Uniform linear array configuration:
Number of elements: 16
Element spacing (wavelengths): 0.75
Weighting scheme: kaiser
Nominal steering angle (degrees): -30
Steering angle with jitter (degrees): -30.194
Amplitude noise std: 0.05
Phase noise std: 0.05

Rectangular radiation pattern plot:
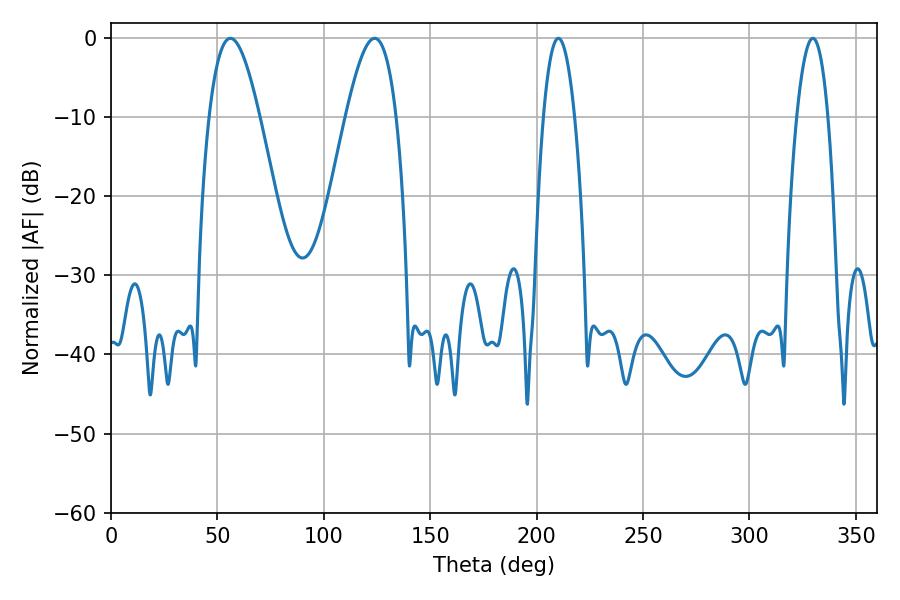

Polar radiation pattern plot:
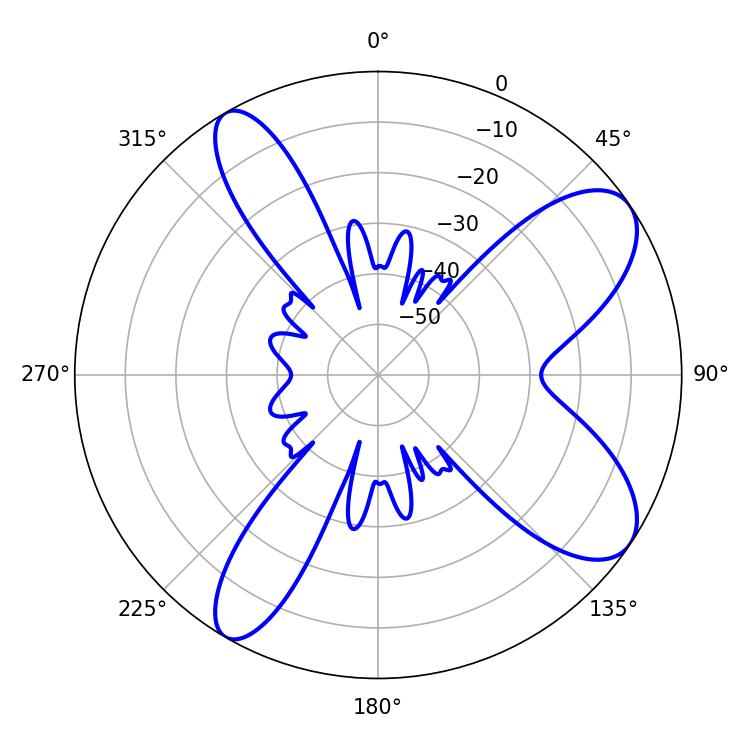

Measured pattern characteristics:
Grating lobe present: TRUE
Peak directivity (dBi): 8.93
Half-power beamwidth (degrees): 8.1
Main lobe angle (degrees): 210.24